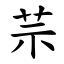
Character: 䒬